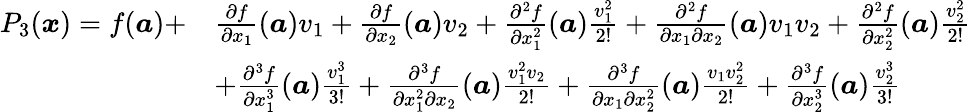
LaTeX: {\begin{array}{rl}{P_{3}({\boldsymbol{x}})=f({\boldsymbol{a}})+}&{{\frac{\partial f}{\partial x_{1}}}({\boldsymbol{a}})v_{1}+{\frac{\partial f}{\partial x_{2}}}({\boldsymbol{a}})v_{2}+{\frac{\partial^{2}f}{\partial x_{1}^{2}}}({\boldsymbol{a}}){\frac{v_{1}^{2}}{2!}}+{\frac{\partial^{2}f}{\partial x_{1}\partial x_{2}}}({\boldsymbol{a}})v_{1}v_{2}+{\frac{\partial^{2}f}{\partial x_{2}^{2}}}({\boldsymbol{a}}){\frac{v_{2}^{2}}{2!}}}\\ &{+{\frac{\partial^{3}f}{\partial x_{1}^{3}}}({\boldsymbol{a}}){\frac{v_{1}^{3}}{3!}}+{\frac{\partial^{3}f}{\partial x_{1}^{2}\partial x_{2}}}({\boldsymbol{a}}){\frac{v_{1}^{2}v_{2}}{2!}}+{\frac{\partial^{3}f}{\partial x_{1}\partial x_{2}^{2}}}({\boldsymbol{a}}){\frac{v_{1}v_{2}^{2}}{2!}}+{\frac{\partial^{3}f}{\partial x_{2}^{3}}}({\boldsymbol{a}}){\frac{v_{2}^{3}}{3!}}}\end{array}}